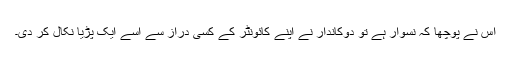
اس نے پوچھا کہ نسوار ہے تو دوکاندار نے اپنے کائونٹر کے کسی دراز سے اسے ایک پڑیا نکال کر دی۔